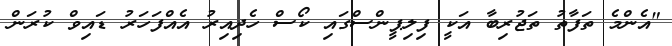
"އެންމެ ތަފާތު ތަޖުރިބާ އަކީ ފިލިޕީންސްގައި ކޯސް ހެދިއިރު އެއްފަހަރު ޑައިވް ކުރަން